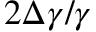
2 \Delta \gamma / \gamma